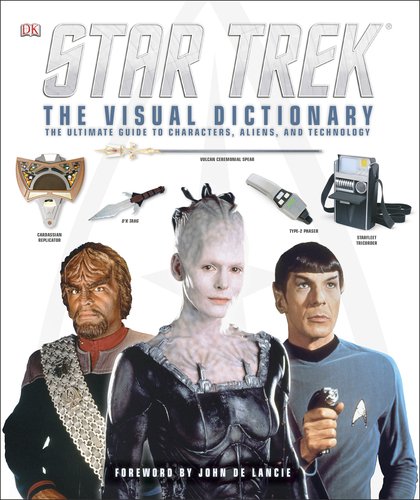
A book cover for Star Trek: the Visual Dictionary; DK Publishing; Humor & Entertainment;